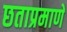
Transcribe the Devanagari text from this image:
छताप्रमाणे